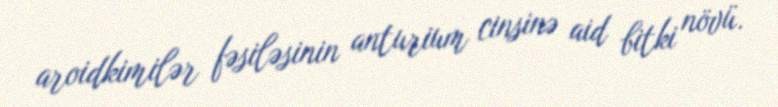
aroidkimilər fəsiləsinin anturium cinsinə aid bitki növü.